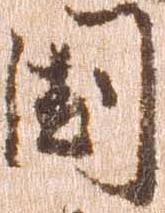
国